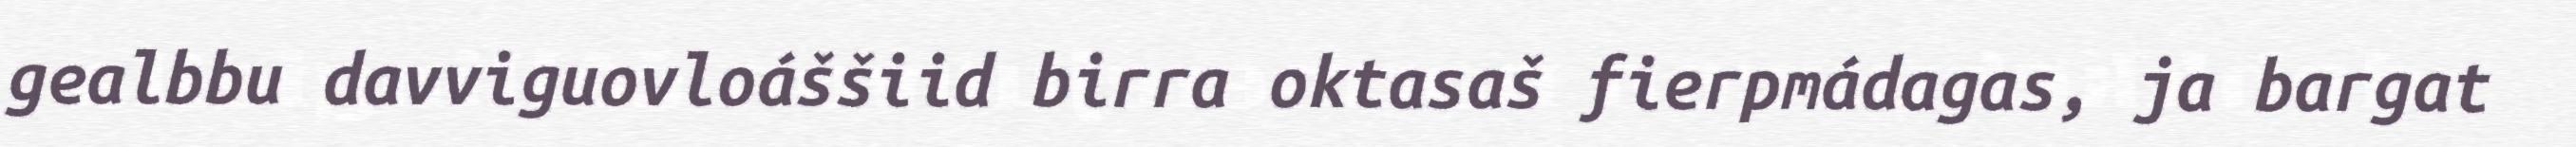
gealbbu davviguovloáššiid birra oktasaš fierpmádagas, ja bargat